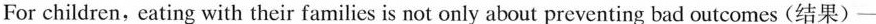
For children, eating with their families is not only about preventing bad outcomes(结果)—